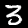
Label: 3